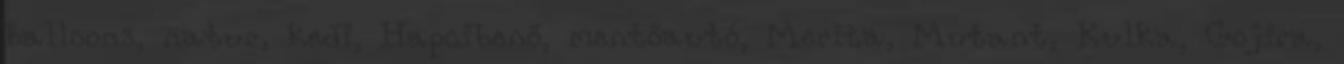
balloons, natur, kedi, Hapcibenő, mentőautó, Merita, Mutant, Kulka, Gojira,